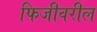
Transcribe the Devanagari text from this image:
फिजीवरील